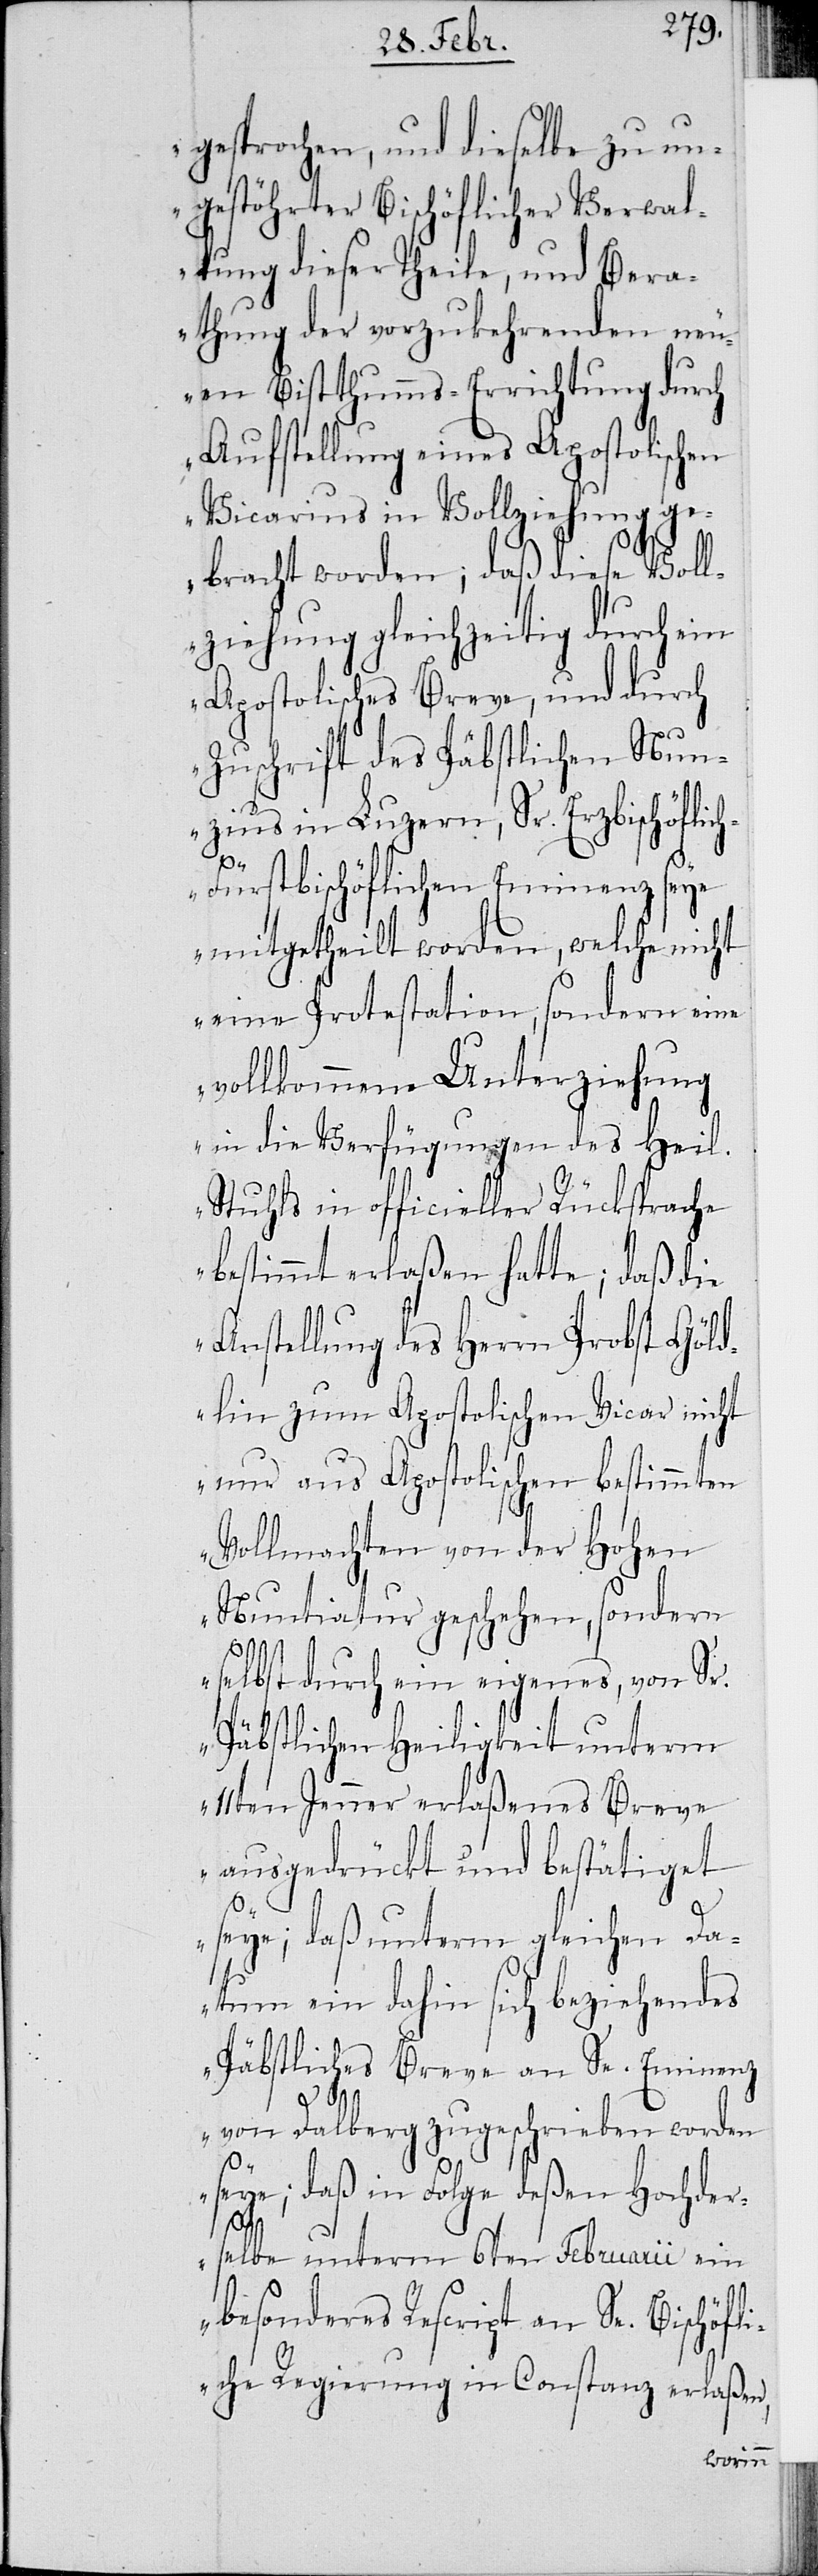
gesprochen, und dieselbe zu un¬
gestöhrter Bischöflicher Verwal¬
tung dieser Theile, und Bera¬
thung der vorzukehrenden neu¬
en Bisthumms-Errichtung durch
Aufstellung eines Apostolischen
Vicarius in Vollziehung ge¬
bracht worden; daß diese Voll¬
ziehung gleichzeitig durch ein
Apostolisches Breve, und durch
Zuschrift des Päbstlichen Nun¬
zius in Luzern, Sr. Erzbischöffl¬
h-Fürstbischöfflichen Eminenz seye
mitgetheilt worden, welche nicht
eine Protestation, sondern eine
vollkommene Unterziehung
in die Verfügungen des Heil.
Stuhls in officieller Rücksprache
bestimmt erlaßen hatte; daß die
Anstellung des Herrn Probst Göld¬
lin zum Apostolischen Vicar nicht
nur aus Apostolischen bestimmten
Vollmachten von der Hohen
Nuntiatur geschehen, sondern
selbst durch ein eigenes, von Sr.
Päbstlichen Heiligkeit unterm
11sten Jenner erlaßenes Breve
ausgedrückt und bestätiget
ic¬
seye; daß unterm gleichen Da¬
tum ein dahin sich beziehendes
Päbstliches Breve an Se. Eminenz
von Dalberg zugeschrieben worden
seye; daß in Folge deßen Hochder¬
selbe unterm 6ten Februarii ein
besonderes Rescript an Se. Bischöfli¬
che Regierung in Constanz erlaßen,